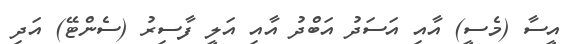
އީސާ (މެސީ) އާއި އަސަދު އަބްދު އާއި އަލީ ފާސިރު (ސެންޓޭ) އަދި